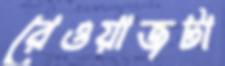
রেওয়াজটা